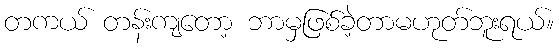
တကယ် တန်းကျတော့ ဘာမှဖြစ်ခဲ့တာမဟုတ်ဘူးရယ်။